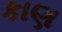
કાણ